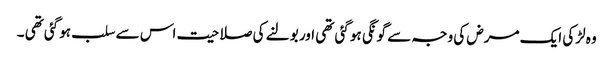
وہ لڑکی ایک مرض کی وجہ سے گونگی ہو گئی تھی اور بولنے کی صلاحیت اس سے سلب ہوگئی تھی ۔